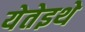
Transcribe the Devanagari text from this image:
येतेइथे